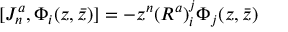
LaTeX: [ J _ { n } ^ { a } , \Phi _ { i } ( z , \bar { z } ) ] = - z ^ { n } ( R ^ { a } ) _ { i } ^ { j } \Phi _ { j } ( z , \bar { z } )